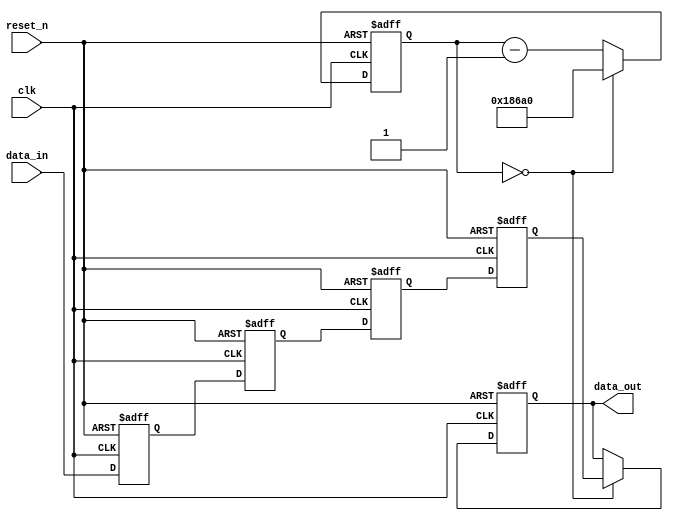
/********************************************************************
* Module:    switch_debouncer
* Function:  Metastabilizes and debounces a push button
* Revision:  1.0  July 21, 2005
********************************************************************/

//Copyright  2005 Altera Corporation. All rights reserved.  Altera products 
//are protected under numerous U.S. and foreign patents, maskwork rights, 
//copyrights and other intellectual property laws.  
//
//This reference design file, and your use thereof, is subject to and governed
//by the terms and conditions of the applicable Altera Reference Design 
//License Agreement.  By using this reference design file, you indicate your
//acceptance of such terms and conditions between you and Altera Corporation.
//In the event that you do not agree with such terms and conditions, you may
//not use the reference design file. Please promptly destroy any copies you 
//have made.
//
//This reference design file being provided on an "as-is" basis and as an 
//accommodation and therefore all warranties, representations or guarantees
//of any kind (whether express, implied or statutory) including, without 
//limitation, warranties of merchantability, non-infringement, or fitness for
//a particular purpose, are specifically disclaimed.  By making this reference
//design file available, Altera expressly does not recommend, suggest or 
//require that this reference design file be used in combination with any 
//other product not provided by Altera

//                       Open             Bouncing    Closed
// Signal from switch  11111111111111111???????????000000000000
// After synchonizer   1111111111111111100100101100000000000000
// Sampled (s)		     s--------s--------s--------s--------s
// Output                1111111111111111110000000000000000000

module switch_debouncer
(
	clk,
	reset_n,
	data_in,
	data_out			
);
						
	parameter			preset_val 	= 0;
	parameter 			counter_max = 100000;
												// Determines sample rate of push button
												// Set to > # of clocks that switch bounce occurs
	parameter			ctr_width	=	21;		// Set to ceil(log2(counter_max))									
	input				clk;
	input				reset_n;
	input				data_in;
	output				data_out;
										
	reg					data_out;									
// Internal data structures:
	reg					data_in_0;	// 4 deep metastabilier
	reg					data_in_1;
	reg					data_in_2;
	reg					data_in_3;
	reg	[ctr_width-1:0]	counter;
	

	always	@(posedge clk or negedge reset_n)
	begin
		if	(!reset_n)
		begin
			data_out		<=	preset_val;
			counter			<=	counter_max;
			data_in_0		<=	0;
			data_in_1		<=	0;
			data_in_2		<=	0;
			data_in_3		<=	0;			
		end else begin
			if	(counter == 0) // Sample metastabilized push button
			begin
				data_out	<=	data_in_3;
				counter		<=	counter_max;
			end else begin
				counter		<=	counter - 1;
			end
			data_in_0	<=	data_in;	// Metastablizer / Synchronizer
			data_in_1	<=	data_in_0;
			data_in_2	<=	data_in_1;
			data_in_3	<=	data_in_2;
		end
	end
				
					

endmodule